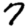
Digit: 7